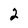
Character: 2